Vaccination in Bombay 1924-1928 - 1924-1928
Year: 1924
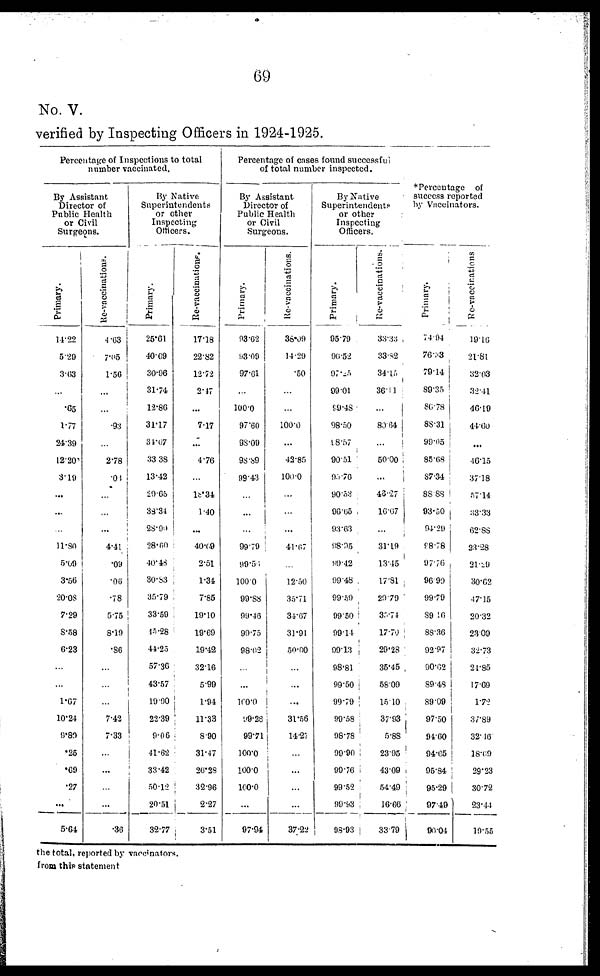
69
No. V.
verified by Inspecting Officers in 1924-1925.
Percentage of Inspections to total
number vaccinated.
By Assistant
Director of
Public Health
or Civil
Surgeons.
Primary.
14.22
5.20
3.63
...
.05
1.77
24.39
12.20
3.19
...
...
...
11.80
5.69
3.56
20.08
7.29
8.58
6.23
...
...
1.07
10.24
9.80
.25
.69
.27
...
5.64
Re-vaccinations.
4.63
7.05
1.56
...
...
.93
...
2.78
.08
...
...
...
4.41
.09
.06
.78
5.75
8.19
.86
...
...
...
7.42
7.33
...
...
...
...
.36
By Native
Superintendents
or other
Inspecting
Officers.
Primary.
25.61
40.69
30.96
31.74
12.86
31.17
34.67
33.38
13.42
29.65
38.34
28.99
28.60
40.48
30.83
35.79
33.59
45.28
44.25
57.36
43.57
19.90
22.39
9.06
41.62
33.42
50.12
20.51
32.77
Re-vaccinations.
17.18
22.82
12.72
2.47
...
7.17
...
4.76
...
18.34
1.40
...
40.69
2.51
1.34
7.85
19.10
19.69
19.42
32.16
5.99
1.94
11.33
8.90
31.47
26.28
32.96
2.27
3.51
Percentage of cases found successful
of total number inspected.
By Assistant
Director of
Public Health
or Civil
Surgeons.
Primary.
93.62
93.09
97.01
...
100.0
97.60
98.00
98.89
09.43
...
...
...
99.79
99.56
100.0
99.88
99.46
99.75
98.02
...
...
100.0
99.28
99.71
100.0
100.0
100.0
...
97.94
Re-vaccinations.
38.09
14.29
.50
...
...
100.0
...
42.85
100.0
...
...
...
41.67
...
12.50
35.71
34.67
31.01
50.00
...
...
...
31.56
14.27
...
...
...
...
37.22
By Native
Superintendents
or other
Inspecting
Officers.
Primary.
95.79
96.52
97.25
99.01
99.48
98.50
98.57
90.51
95.76
90.53
96.65
93.63
98.95
99.42
99. 48
99.59
99.50
99.14
99.13
98.81
99.50
99.79
99.58
98.78
99.90
99.76
99.52
90.93
98.03
Re-vaccinations.
33.33 ,
33.82
34.15
36.11
...
80.64
...
50.00
...
46.27
16.67
...
31.19
13.45
17.81
29.79
35.74
17.70
20.28
35.46
58.09
15.10
37.93
5.88
23.95
43.09
54.49
16.66
33.79
*Percentage of
success reported
by Vaccinators.
Primary.
74.94
76.33
79.14
89.35
86.78
88.31
99.05
85.68
87.34
88.88
93.50
94.29
98.78
97.76
96.90
99.79
89.16
88.36
92.97
90.62
89.48
89.09
97.50
94.60
94.65
95.84
95.29
97.49
90.04
Re-vaccinations
19.16
21.81
32.03
32.41
46.19
44.60
...
46.15
37.18
57.14
33.33
62.88
23.28
21.29
30.62
47.15
20.32
23.09
32.73
24.85
17.09
1.72
37.89
32.16
18.69
29.23
30.72
23.44
19.55
the total, reported by vaccinators.
from this statement